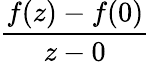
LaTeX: \frac{f(z)-f(0)}{z-0}